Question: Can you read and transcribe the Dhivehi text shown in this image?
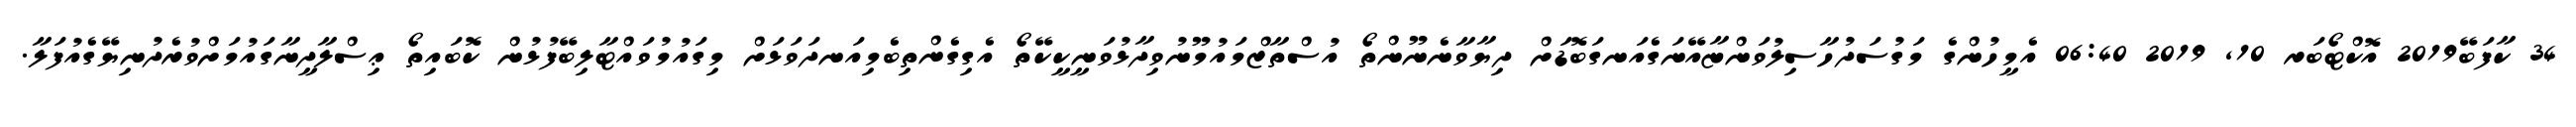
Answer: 34 ކާފަބޭ2019 އޮކްޓޯބަރ 10, 2019 06:40 އެމީހުންގެ މަގުސަދުހާސިލުވަންޏާއޭނަގެއަނގަބޮޑަށް ދިޔާވާނެނޫންތޯ އުސްތާޒްމައުމޫނުވިދާޅުވަނީކީކޭތޯ އެގިގެންތިބެމިއަނދަވަޅަށް މިގައުމުވައްޓާލިބޭފުޅުން ކޮބައިތޯ ޢިސްލާދީނާގައުމަށްވުރެދުނިޔޭގެއުފަލާ.